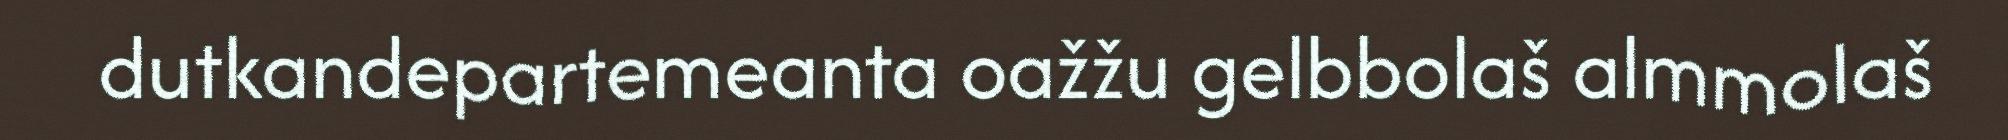
dutkandepartemeanta oažžu gelbbolaš almmolaš